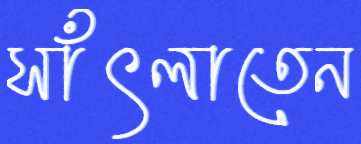
সাঁৎলাতেন